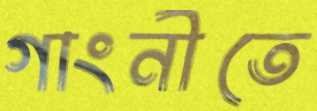
গাংনীতে